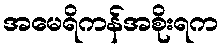
အမေရိကန်အစိုးရက